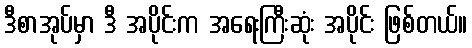
ဒီစာအုပ်မှာ ဒီ အပိုင်းက အရေးကြီးဆုံး အပိုင်း ဖြစ်တယ်။